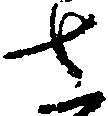
さ